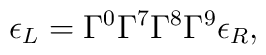
\epsilon_L = \Gamma^0 \Gamma^7 \Gamma^8 \Gamma^9 \epsilon_R,